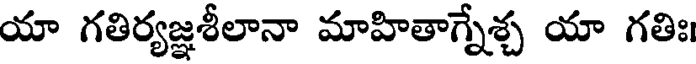
యా గతిర్యజ్ఞశీలానా మాహితాగ్నేశ్చ యా గతిః।